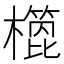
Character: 𣝳